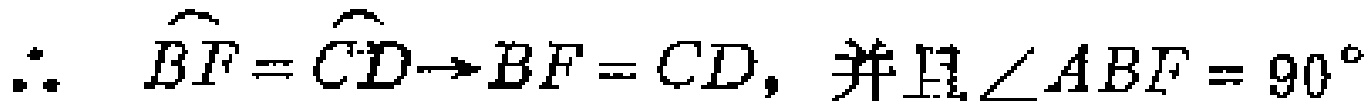
\(\therefore\quad \overset{\frown}{BF}=\overset{\frown}{CD}\to BF = CD,\text{并且}\angle ABF = 90^{\circ}\)